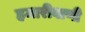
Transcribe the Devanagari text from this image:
हमारीवाणी